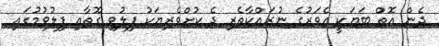
ދެން އޮތް ބަޔަކީ އެވަރުގެ ނުރައްކާތެރި ދެ ކުށްވެރިޔަކު ފިލުވި ގޮތާއި ފިލުވުމުގައި